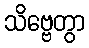
သိဗ္ဗေတွာ